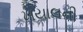
ખયાલની